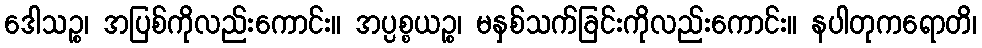
ဒေါသဉ္စ၊ အပြစ်ကိုလည်းကောင်း။ အပ္ပစ္စယဉ္စ၊ မနှစ်သက်ခြင်းကိုလည်းကောင်း။ နပါတုကရောတိ၊